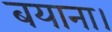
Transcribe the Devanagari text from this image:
बयाना।